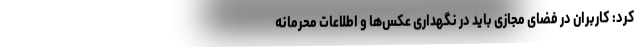
کرد: کاربران در فضای مجازی باید در نگهداری عکس‌ها و اطلاعات محرمانه